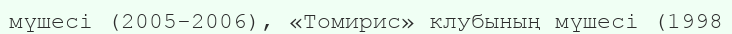
мүшесі (2005-2006), «Томирис» клубының мүшесі (1998